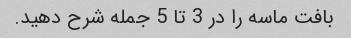
بافت ماسه را در 3 تا 5 جمله شرح دهید.